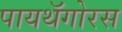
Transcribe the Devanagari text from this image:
पायथॅगोरस